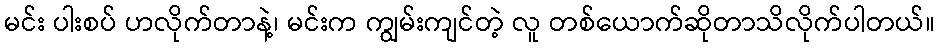
မင်း ပါးစပ် ဟလိုက်တာနဲ့၊ မင်းက ကျွမ်းကျင်တဲ့ လူ တစ်ယောက်ဆိုတာသိလိုက်ပါတယ်။